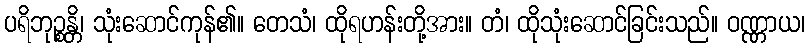
ပရိဘုဉ္စန္တိ၊ သုံးဆောင်ကုန်၏။ တေသံ၊ ထိုရဟန်းတို့အား။ တံ၊ ထိုသုံးဆောင်ခြင်းသည်။ ဝဏ္ဏာယ၊